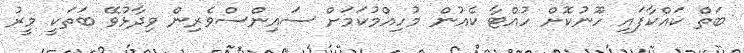
ބަތް ކައްކާފައި ހޫނުކޮށް ހުއްޓާ ކެއުން މުހިއްމުކަމަށް ސައިންސްވެރިން ވިދާޅުވޭ ބަތަކީ މީރު